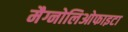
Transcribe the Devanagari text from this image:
मैग्नोलिओफाइटा